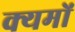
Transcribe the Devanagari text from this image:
क्यमों